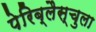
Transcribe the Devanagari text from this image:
पेरिब्लैस्चुला